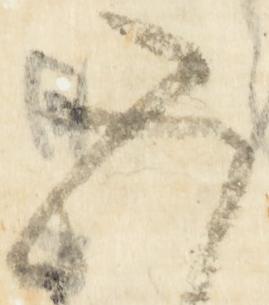
五